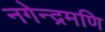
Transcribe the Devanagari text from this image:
नगेन्द्रमणि